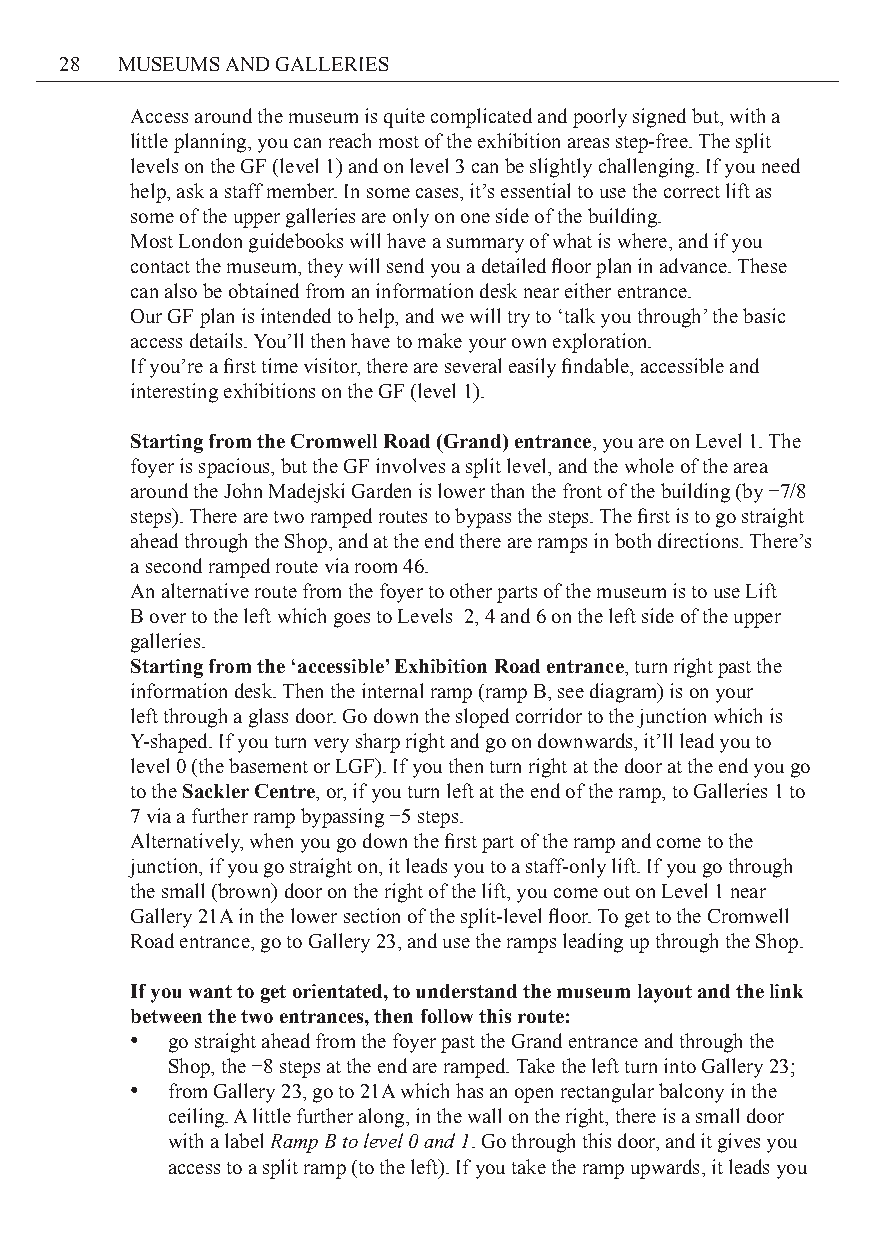
28  MUSEUMS AND GALLERIES
 Access around the museum is quite complicated and poorly signed but, with a
 little planning, you can reach most of the exhibition areas step-free. The split
 levels on the GF (level 1) and on level 3 can be slightly challenging. If you need
 help, ask a staff member. In some cases, it’s essential to use the correct lift as
 some of the upper galleries are only on one side of the building.
 Most London guidebooks will have a summary of what is where, and if you
 contact the museum, they will send you a detailed floor plan in advance. These
 can also be obtained from an information desk near either entrance.
 Our GF plan is intended to help, and we will try to ‘talk you through’ the basic
 access details. You’ll then have to make your own exploration.
 If you’re a first time visitor, there are several easily findable, accessible and
 interesting exhibitions on the GF (level 1).
 Starting from the Cromwell Road (Grand) entrance, you are on Level 1. The
 foyer is spacious, but the GF involves a split level, and the whole of the area
 around the John Madejski Garden is lower than the front of the building (by −7/8
 steps). There are two ramped routes to bypass the steps. The first is to go straight
 ahead through the Shop, and at the end there are ramps in both directions. There’s
 a second ramped route via room 46.
 An alternative route from the foyer to other parts of the museum is to use Lift
 B over to the left which goes to Levels 2, 4 and 6 on the left side of the upper
 galleries.
 Starting from the ‘accessible’ Exhibition Road entrance, turn right past the
 information desk. Then the internal ramp (ramp B, see diagram) is on your
 left through a glass door. Go down the sloped corridor to the junction which is
 Y-shaped. If you turn very sharp right and go on downwards, it’ll lead you to
 level 0 (the basement or LGF). If you then turn right at the door at the end you go
 to the Sackler Centre, or, if you turn left at the end of the ramp, to Galleries 1 to
 7 via a further ramp bypassing −5 steps.
 Alternatively, when you go down the first part of the ramp and come to the
 junction, if you go straight on, it leads you to a staff-only lift. If you go through
 the small (brown) door on the right of the lift, you come out on Level 1 near
 Gallery 21A in the lower section of the split-level floor. To get to the Cromwell
 Road entrance, go to Gallery 23, and use the ramps leading up through the Shop.
 If you want to get orientated, to understand the museum layout and the link
 between the two entrances, then follow this route:
 • go straight ahead from the foyer past the Grand entrance and through the
 Shop, the −8 steps at the end are ramped. Take the left turn into Gallery 23;
 • from Gallery 23, go to 21A which has an open rectangular balcony in the
 ceiling. A little further along, in the wall on the right, there is a small door
 with a label Ramp B to level 0 and 1. Go through this door, and it gives you
 access to a split ramp (to the left). If you take the ramp upwards, it leads you